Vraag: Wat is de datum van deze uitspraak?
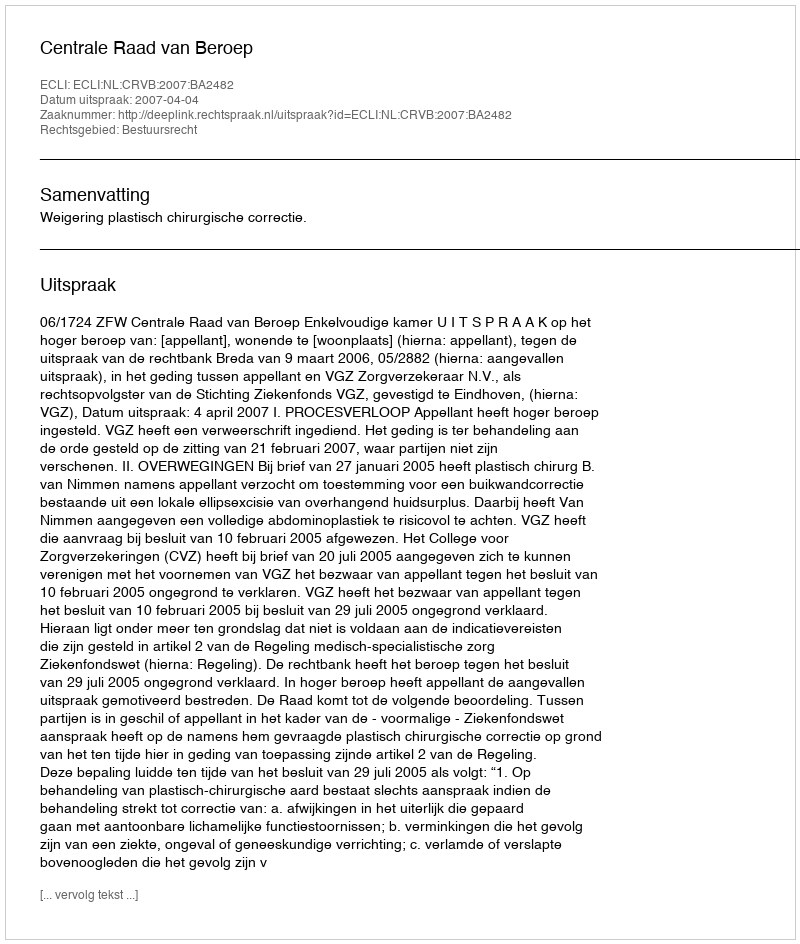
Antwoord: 2007-04-04